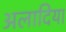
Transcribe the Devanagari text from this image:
अलादिया